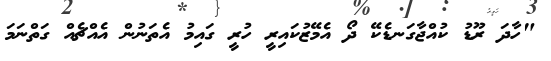
"ހާދަ ރޫޑު ކުއްޖާގަނޑެކޭ ދޯ އެމޭޒުކައިރީ ހުރީ ގައިމު އެތަނުން އެއްޗެއް ގަތްނަމަ